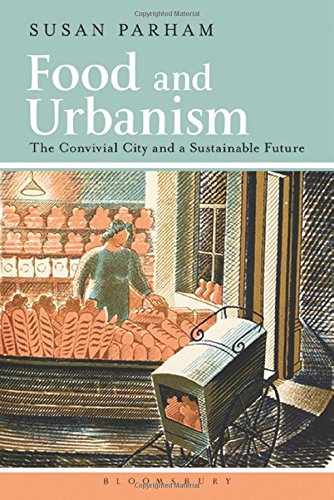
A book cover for Food and Urbanism: The Convivial City and a Sustainable Future; Susan Parham; Science & Math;